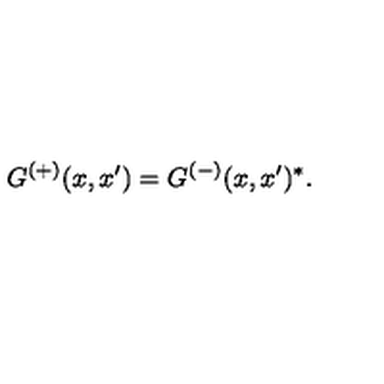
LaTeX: G ^ { ( + ) } ( x , x ^ { \prime } ) = G ^ { ( - ) } ( x , x ^ { \prime } ) ^ { * } .